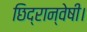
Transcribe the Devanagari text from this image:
छिद्रान्वेषी।